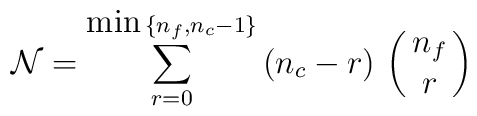
{\cal N} = \sum_{r=0}^{{\hbox {\rm min}} \, \{n_f, n_c-1\}}\, (n_c-r)\, \pmatrix{n_f \cr r}